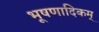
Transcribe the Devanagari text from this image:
भूषणादिकम्